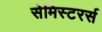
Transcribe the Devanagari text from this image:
सेमिस्टरर्स